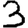
Digit: 3